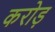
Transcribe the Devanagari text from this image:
करोड़